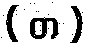
( တ )